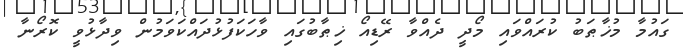
ގައުމާ މުޚާޠަބު ކުރައްވައި މޯދީ ދެއްވާ ރޭޑިއޯ ޚިޠާބުގައި ވާހަކަފުޅުދައްކަވަމުން ވިދާޅުވީ ކޮރޯނާ